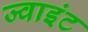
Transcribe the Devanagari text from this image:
ज्‍वाइंट